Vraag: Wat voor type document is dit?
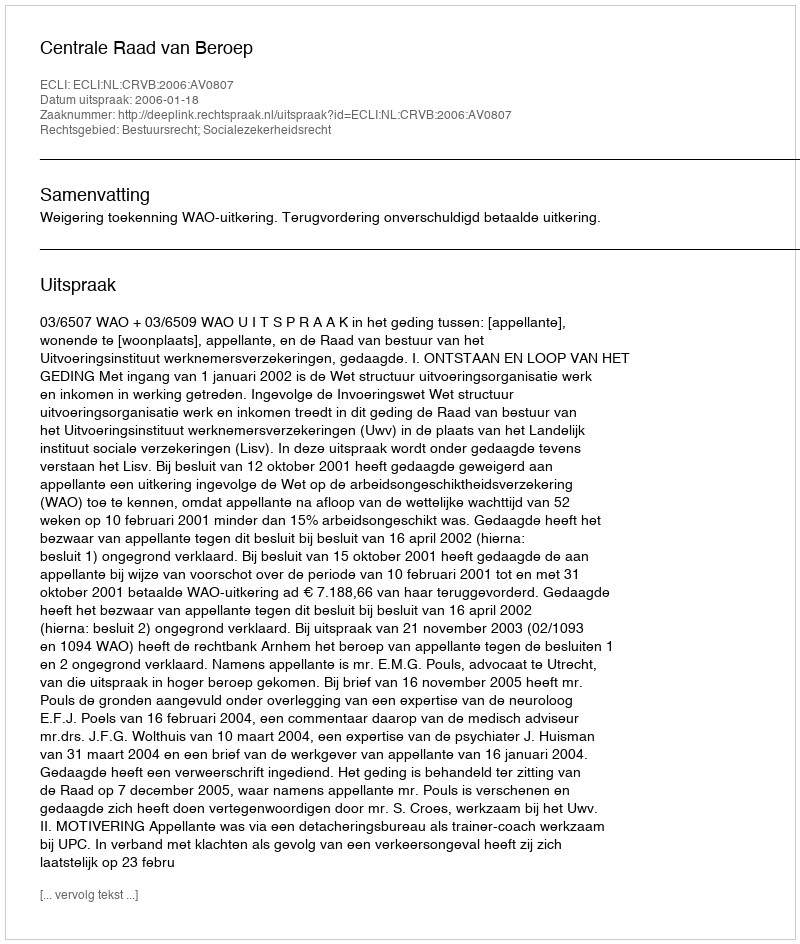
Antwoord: Uitspraak